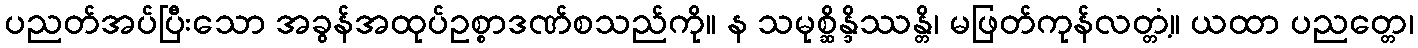
ပညတ်အပ်ပြီးသော အခွန်အထုပ်ဥစ္စာဒဏ်စသည်ကို။ န သမုစ္ဆိန္ဒိဿန္တိ၊ မဖြတ်ကုန်လတ္တံ့။ ယထာ ပညတ္တေ၊